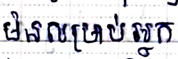
មិនសម្រាប់អ្នក